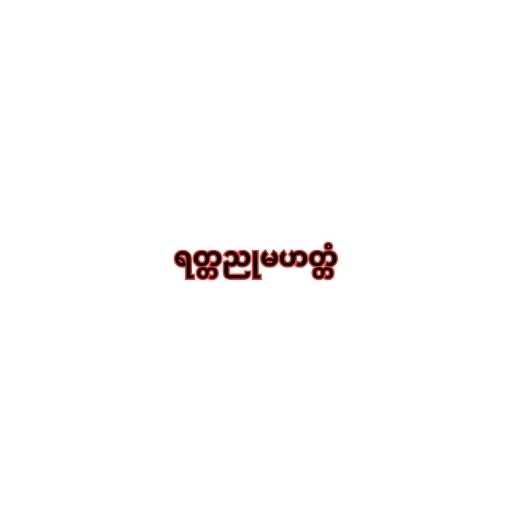
ရတ္တညုမဟတ္တံ